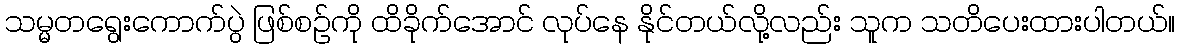
သမ္မတရွေးကောက်ပွဲ ဖြစ်စဉ်ကို ထိခိုက်အောင် လုပ်နေ နိုင်တယ်လို့လည်း သူက သတိပေးထားပါတယ်။